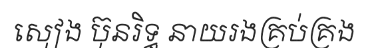
សៀង ប៊ុនរិទ្ធ នាយរងគ្រប់គ្រង